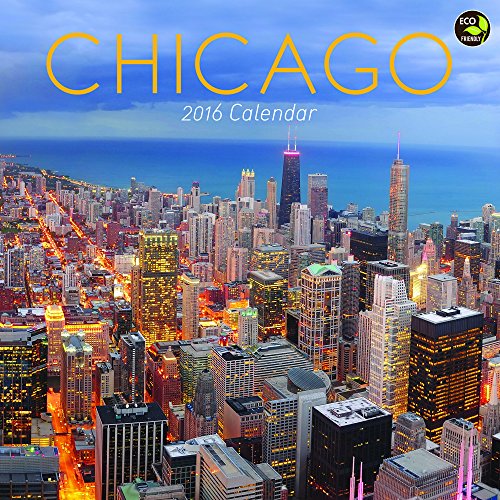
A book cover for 2016 Chicago Wall Calendar; TF Publishing; Travel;